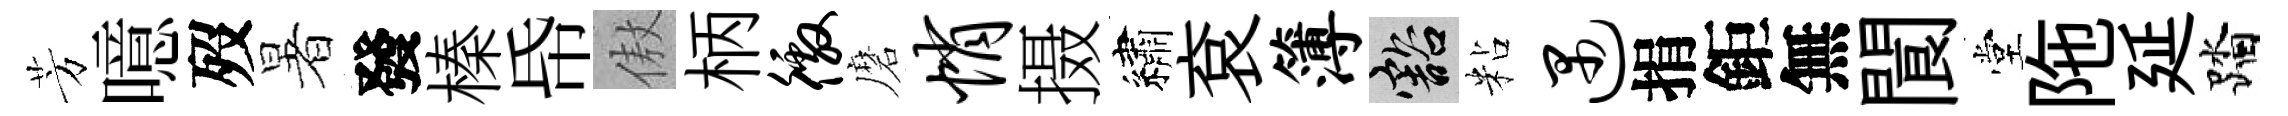
芳噫歿暑發榛帋傲柄徼磨悄摄繡袞簿豁粘遇捐鉅無閬堂陁延踏